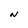
Character: N